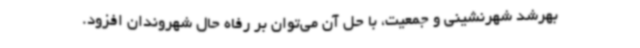
بهرشد شهرنشینی و جمعیت، با حل آن می‌توان بر رفاه حال شهروندان افزود.